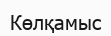
Көлқамыс